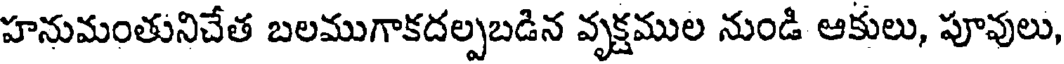
హనుమంతునిచేత బలముగాకదల్పబడిన వృక్షముల నుండి ఆకులు, పూవులు,